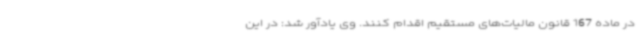
در ماده 167 قانون مالیات‌های مستقیم اقدام کنند. وی یادآور شد: در این